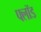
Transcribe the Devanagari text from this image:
फ्लॉड